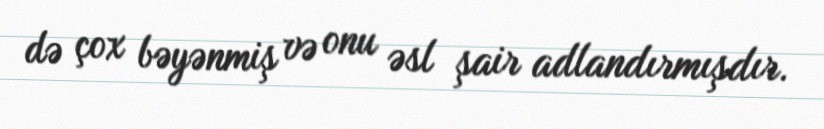
də çox bəyənmiş və onu əsl şair adlandırmışdır.